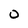
Character: O